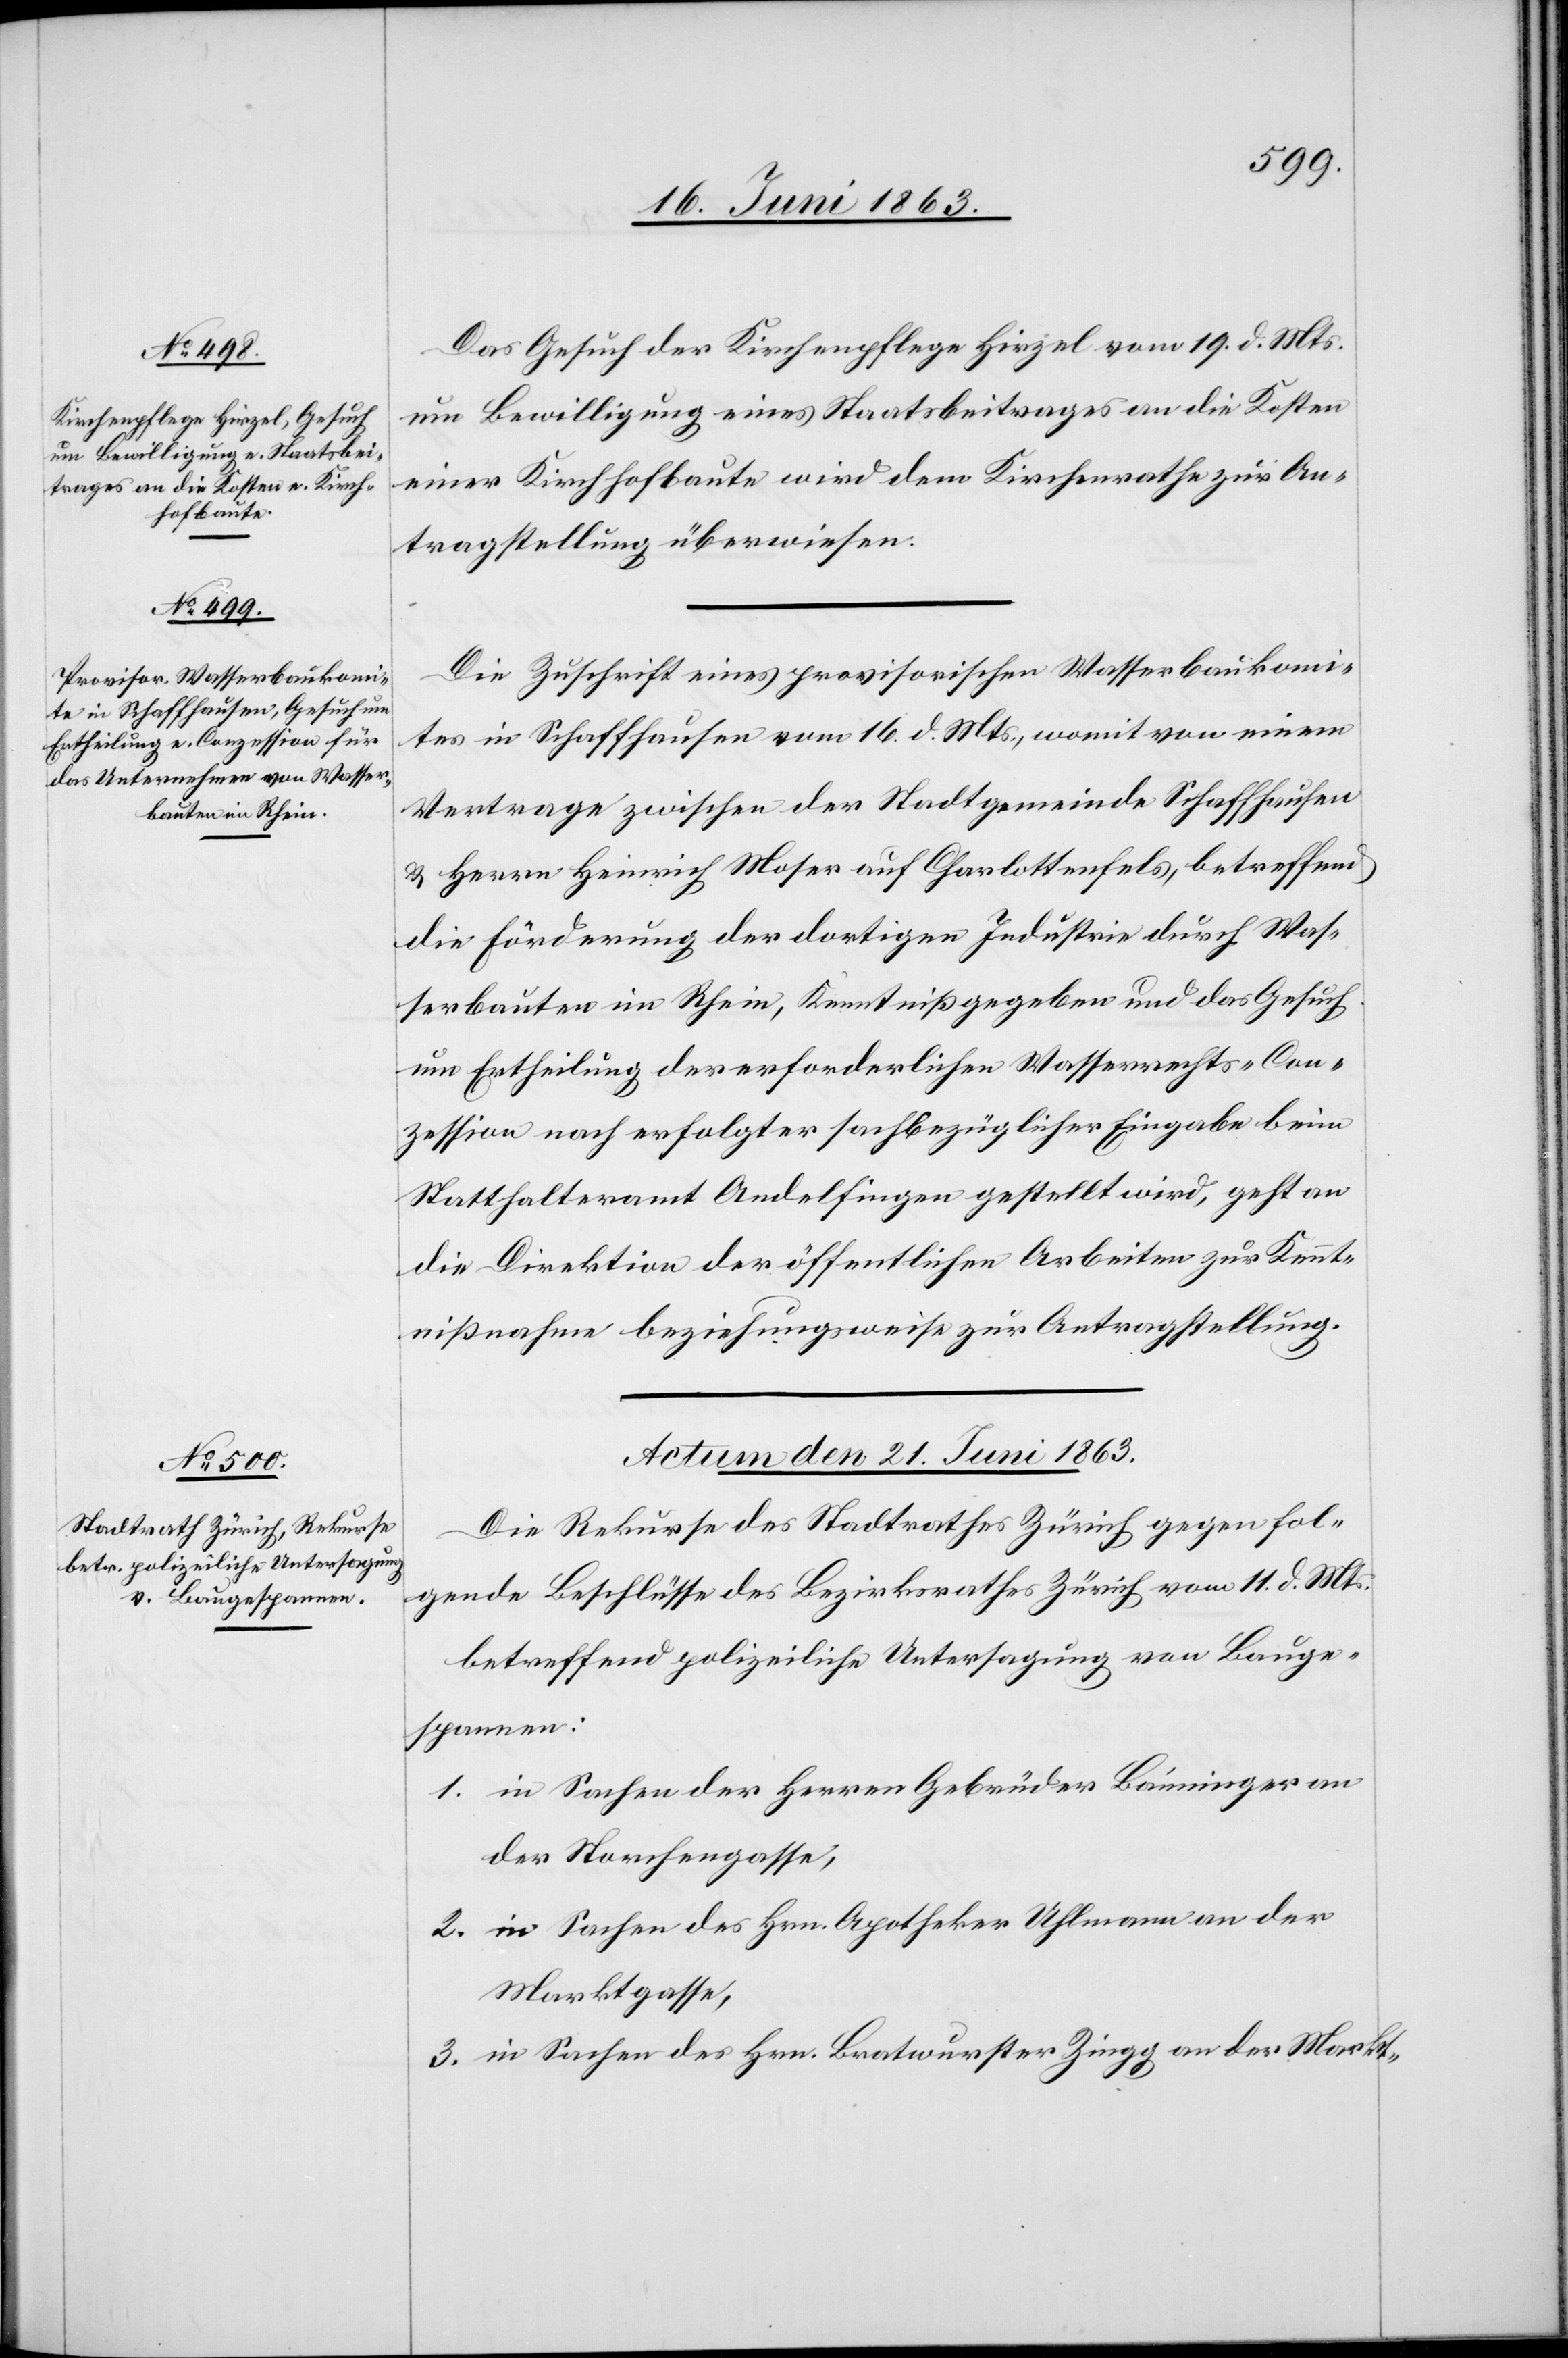
Das Gesuch der Kirchenpflege Hirzel vom 19. d. Mts.
um Bewilligung eines Staatsbeitrages an die Kosten
einer Kirchhofbaute wird dem Kirchenrathe zur An¬
tragstellung überwiesen.
Die Zuschrift eines provisorischen Wasserbaukomi¬
tes in Schaffhausen vom 16. d. Mts., womit von einem
Vertrage zwischen der Stadtgemeinde Schaffhausen
& Herrn Heinrich Moser auf Charlottenfels, betreffend
die Förderung der dortigen Industrie durch Was¬
serbauten im Rhein, Kenntniß gegeben und das Gesuch
um Ertheilung der erforderlichen Wasserrechts-Con¬
zession nach erfolgter sachbezüglicher Eingabe beim
Statthalteramt Andelfingen gestellt wird, geht an
die Direktion der öffentlichen Arbeiten zur Kennt¬
nißnahme beziehungsweise zur Antragstellung.
Actum den 21. Juni 1863.
Die Rekurse des Stadtrathes Zürich gegen fol¬
gende Beschlüsse des Bezirksrathes Zürich vom 11. d. Mts.
betreffend polizeiliche Untersagung von Bauge¬
spannen:
1. in Sachen der Herren Gebrüder Bänninger an
der Storchengasse,
2. in Sachen des Hrn. Apotheker Uhlmann an der
Marktgasse,
3. in Sachen des Hrn. Brautwurster Zingg an der Markt-